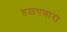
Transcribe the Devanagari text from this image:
तळपणारा